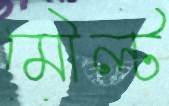
মৌল্ট